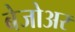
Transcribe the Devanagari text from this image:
बेजोअर